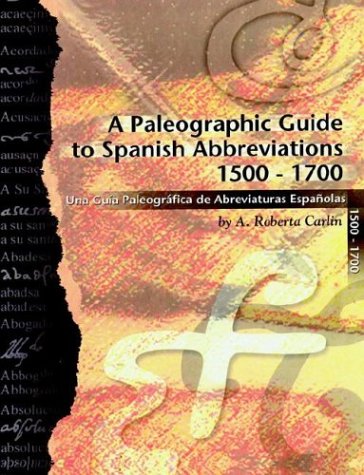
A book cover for A Paleographic Guide to Spanish Abbreviations 1500-1700: Una Gu?a Paleogr?fica de Abbreviaturas Espa?olas 1500-1700; A. Roberta Carlin; Reference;